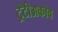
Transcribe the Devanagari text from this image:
ट्रेटीअकोव